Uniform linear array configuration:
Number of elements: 48
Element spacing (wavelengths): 1
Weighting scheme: blackman
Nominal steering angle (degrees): -15
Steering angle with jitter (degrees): -15.105
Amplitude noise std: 0.05
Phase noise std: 0.05

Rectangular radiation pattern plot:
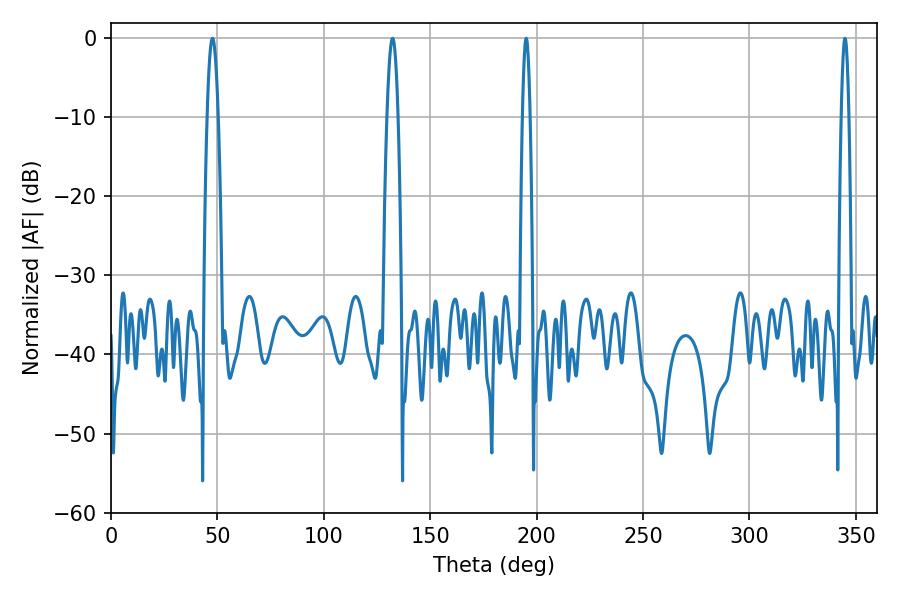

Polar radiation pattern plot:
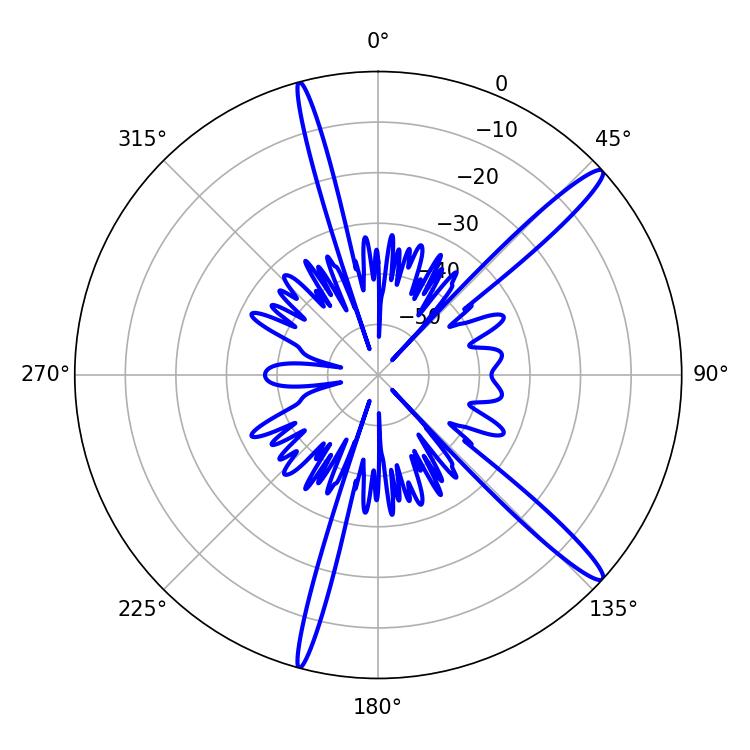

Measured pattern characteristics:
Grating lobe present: TRUE
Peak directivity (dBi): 15.166
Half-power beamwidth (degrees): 2.88
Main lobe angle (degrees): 47.7